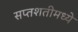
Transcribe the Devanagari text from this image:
सप्तशतीमध्ये